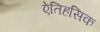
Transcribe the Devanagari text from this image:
एेतिहसिक